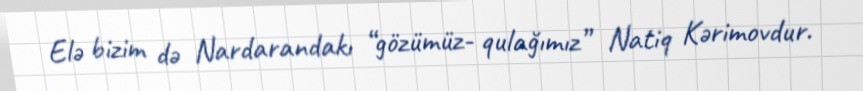
Elə bizim də Nardarandakı “gözümüz- qulağımız” Natiq Kərimovdur.